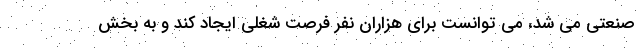
صنعتی می شد، می توانست برای هزاران نفر فرصت شغلی ایجاد کند و به بخش